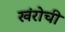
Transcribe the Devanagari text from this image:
खंरोची